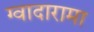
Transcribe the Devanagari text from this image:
ग्वादारामा